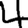
Digit: 4